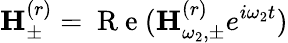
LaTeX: {\mathbf H}_{\pm}^{(r)}=\mathrm{~R~e~}({\mathbf H}_{\omega_{2},\pm}^{(r)}e^{i\omega_{2}t})